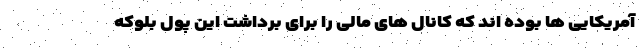
آمریکایی ها بوده اند که کانال های مالی را برای برداشت این پول بلوکه